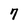
Character: 7